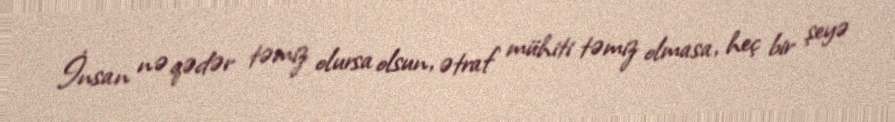
İnsan nə qədər təmiz olursa olsun, ətraf mühiti təmiz olmasa, heç bir şeyə